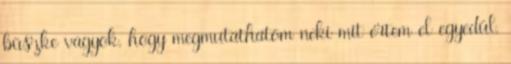
büszke vagyok, hogy megmutathatom neki mit értem el egyedül,